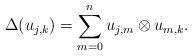
LaTeX: \begin{align*}\Delta(u_{j,k})=\sum_{m=0}^{n}u_{j,m}\otimes u_{m,k}.\end{align*}